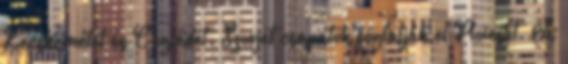
Kecskemétet és Ceglédet. Szovjet csapatok foglalják el Ploiestit. A